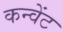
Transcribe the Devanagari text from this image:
कन्वेंट